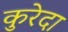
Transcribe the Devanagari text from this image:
कुरेदा